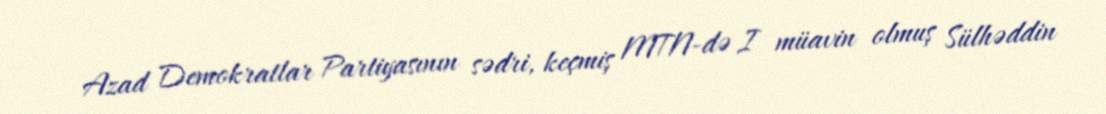
Azad Demokratlar Partiyasının sədri, keçmiş MTN-də I müavin olmuş Sülhəddin